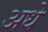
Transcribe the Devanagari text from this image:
अधे